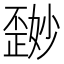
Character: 𪴽